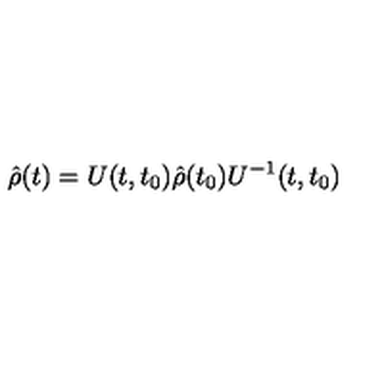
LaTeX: \hat { \rho } ( t ) = U ( t , t _ { 0 } ) \hat { \rho } ( t _ { 0 } ) U ^ { - 1 } ( t , t _ { 0 } )